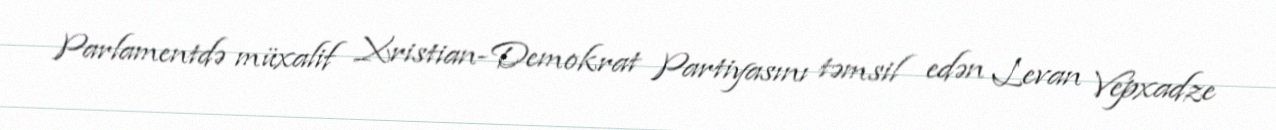
Parlamentdə müxalif Xristian-Demokrat Partiyasını təmsil edən Levan Vepxadze